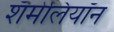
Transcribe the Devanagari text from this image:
शॅमेलियॉन